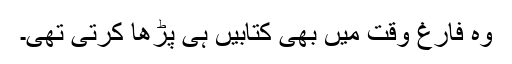
وہ فارغ وقت میں بھی کتابیں ہی پڑھا کرتی تھی۔